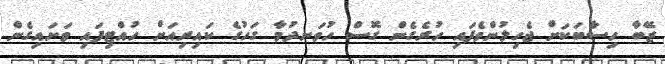
ޒޭބާ ހިސާބަކަށް ޖެހިލުންވެފައި ހުރެގެން ގޮސް ހުވަނދުމާ ގަހުގެ ކައިރިއަށް ހުއްޓިފައި ވަށައިގެން